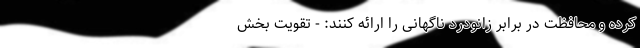
کرده و محافظت در برابر زانودرد ناگهانی را ارائه کنند: - تقویت بخش